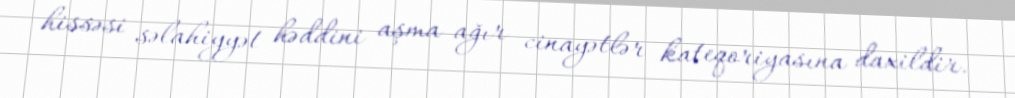
hissəsi səlahiyyət həddini aşma ağır cinayətlər kateqoriyasına daxildir.